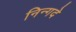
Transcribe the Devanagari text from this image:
निन्गदे